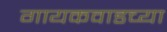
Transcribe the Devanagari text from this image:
गायकवाडच्या